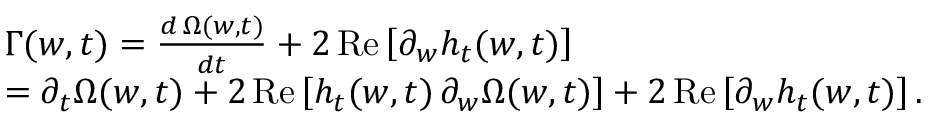
\begin{array} { r l } & { \Gamma ( w , t ) = \frac { d \, { \Omega } ( w , t ) } { d t } + 2 \, \mathrm { R e } \left[ \partial _ { w } h _ { t } ( w , t ) \right] } \\ & { = \partial _ { t } \Omega ( w , t ) + 2 \, \mathrm { R e } \left[ h _ { t } ( w , t ) \, \partial _ { w } \Omega ( w , t ) \right] + 2 \, \mathrm { R e } \left[ \partial _ { w } h _ { t } ( w , t ) \right] . } \end{array}